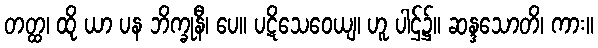
တတ္ထ၊ ထို ယာ ပန ဘိက္ခုနီ၊ ပေ။ ပဋိသေဝေယျ၊ ဟူ ပါဌ်၌။ ဆန္ဒသောတိ၊ ကား။